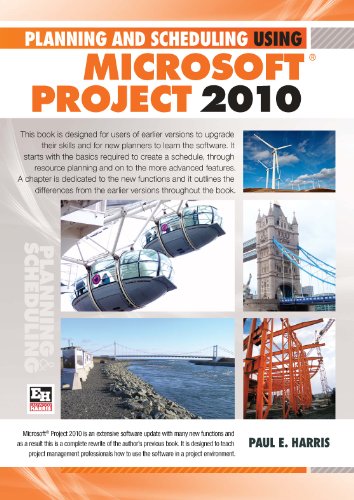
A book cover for Planning and Scheduling Using Microsoft Project 2010; Paul E Harris; Computers & Technology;